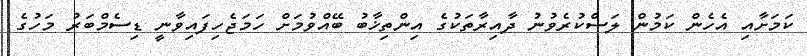
ކަމަށާއި އެހެން ކަމުން ލަސްކުރެވުނު ދާއިރާތަކުގެ އިންތިޚާބު ބޭއްވުމަށް ހަމަޖެހިފައިވާނީ ޑިސެމްބަރު މަހުގެ